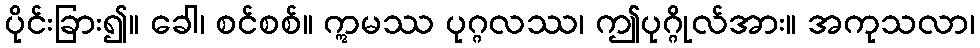
ပိုင်းခြား၍။ ခေါ၊ စင်စစ်။ ဣမဿ ပုဂ္ဂလဿ၊ ဤပုဂ္ဂိုလ်အား။ အကုသလာ၊